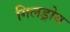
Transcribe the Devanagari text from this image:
गिलड्रोय